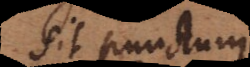
Sit punctum